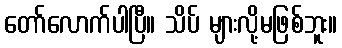
တော်လောက်ပါပြီ။ သိပ် များလို့မဖြစ်ဘူး။